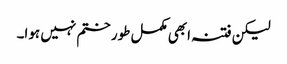
لیکن فتنہ ابھی مکمل طور ختم نہیں ہوا۔